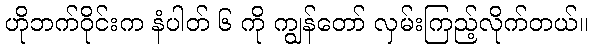
ဟိုဘက်ဝိုင်းက နံပါတ် ၆ ကို ကျွန်တော် လှမ်းကြည့်လိုက်တယ်။